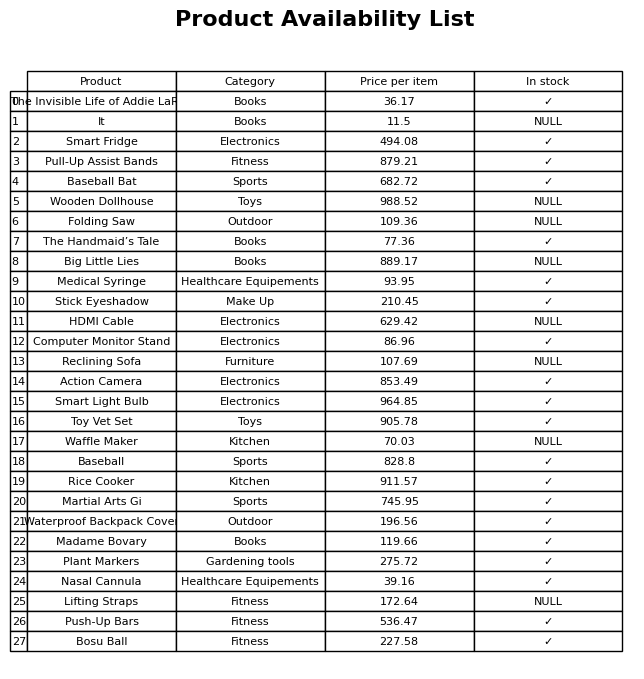
question: What is the price of the Wooden Dollhouse?
answer: The price of Wooden Dollhouse is 988.52.